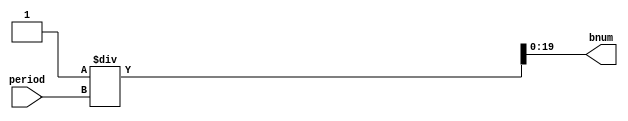
// OutputFrequency.v
// Developed by Jesus Adrian Guerra with help from Rhyan Johnson and Jeneane Amin
// Calculates Frequncy from period

module OutputFrequency(
    input [19:0]period,
    output [19:0]bnum
);


assign bnum = 1 / period;
endmodule